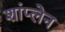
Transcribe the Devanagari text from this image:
शांप्लेन